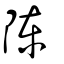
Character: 陳